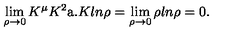
\lim _ { \rho \to 0 } K ^ { \mu } K ^ { 2 } \mathrm { \Large a } . K l n \rho = \lim _ { \rho \to 0 } \rho l n \rho = 0 .